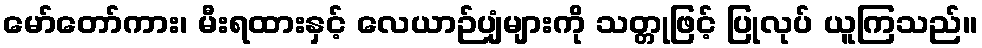
မော်တော်ကား၊ မီးရထားနှင့် လေယာဉ်ပျံများကို သတ္တုဖြင့် ပြုလုပ် ယူကြသည်။